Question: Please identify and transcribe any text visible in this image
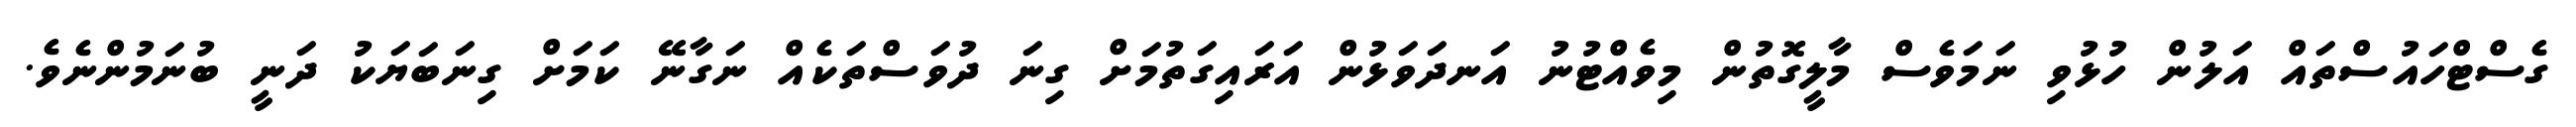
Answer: ގެސްޓްހައުސްތައް އަލުން ހުޅުވި ނަމަވެސް މާލީގޮތުން މިވެއްޓުނު އަނދަވަޅުން އަރައިގަތުމަށް ގިނަ ދުވަސްތަކެއް ނަގާނޭ ކަމަށް ގިނަބަޔަކު ދަނީ ބުނަމުންނެވެ.